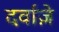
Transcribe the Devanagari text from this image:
दर्वाज़े